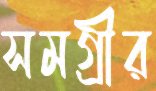
সমগ্রীর